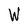
Character: W